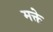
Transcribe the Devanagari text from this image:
मक्ते